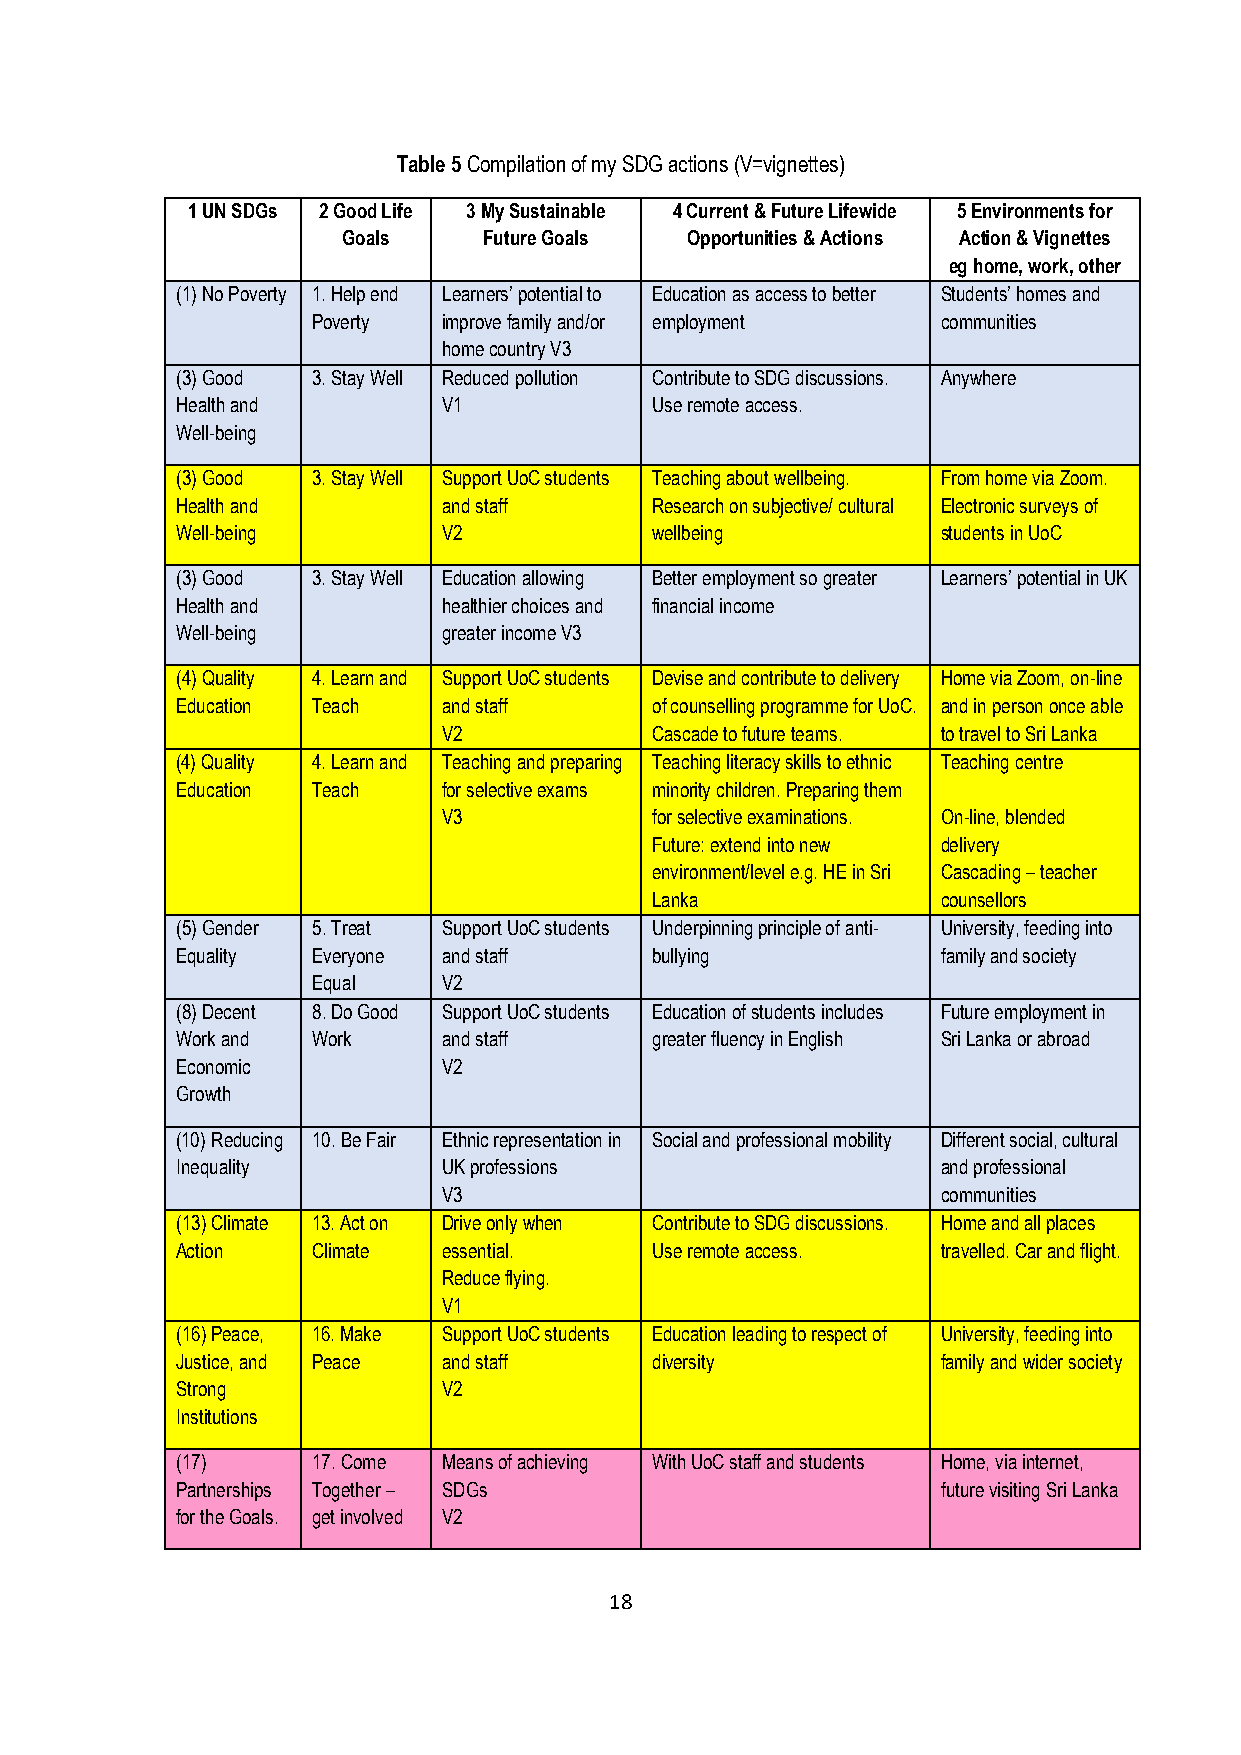
Table 5 Compilation of my SDG actions (V=vignettes)
 1 UN SDGs 2 Good Life 3 My Sustainable 4 Current & Future Lifewide 5 Environments for
 Goals    Future Goals Opportunities & Actions Action & Vignettes
 eg home, work, other
 (1) No Poverty 1. Help end Learners’ potential to Education as access to better Students’ homes and
 Poverty improve family and/or employment communities
 home country V3
 (3) Good 3. Stay Well Reduced pollution Contribute to SDG discussions. Anywhere
 Health and       V1            Use remote access.
 Well-being
 (3) Good 3. Stay Well Support UoC students Teaching about wellbeing. From home via Zoom.
 Health and       and staff     Research on subjective/ cultural Electronic surveys of
 Well-being       V2            wellbeing          students in UoC
 (3) Good 3. Stay Well Education allowing Better employment so greater Learners’ potential in UK
 Health and       healthier choices and financial income
 Well-being       greater income V3
 (4) Quality 4. Learn and Support UoC students Devise and contribute to delivery Home via Zoom, on-line
 Education Teach  and staff     of counselling programme for UoC. and in person once able
 V2            Cascade to future teams. to travel to Sri Lanka
 (4) Quality 4. Learn and Teaching and preparing Teaching literacy skills to ethnic Teaching centre
 Education Teach  for selective exams minority children. Preparing them
 V3            for selective examinations. On-line, blended
 Future: extend into new delivery
 environment/level e.g. HE in Sri Cascading – teacher
 Lanka              counsellors
 (5) Gender 5. Treat Support UoC students Underpinning principle of anti- University, feeding into
 Equality Everyone and staff    bullying           family and society
 Equal   V2
 (8) Decent 8. Do Good Support UoC students Education of students includes Future employment in
 Work and Work    and staff     greater fluency in English Sri Lanka or abroad
 Economic         V2
 Growth
 (10) Reducing 10. Be Fair Ethnic representation in Social and professional mobility Different social, cultural
 Inequality       UK professions                   and professional
 V3                               communities
 (13) Climate 13. Act on Drive only when Contribute to SDG discussions. Home and all places
 Action   Climate essential.    Use remote access. travelled. Car and flight.
 Reduce flying.
 V1
 (16) Peace, 16. Make Support UoC students Education leading to respect of University, feeding into
 Justice, and Peace and staff   diversity          family and wider society
 Strong           V2
 Institutions
 (17)     17. Come Means of achieving With UoC staff and students Home, via internet,
 Partnerships Together – SDGs                      future visiting Sri Lanka
 for the Goals. get involved V2
 18